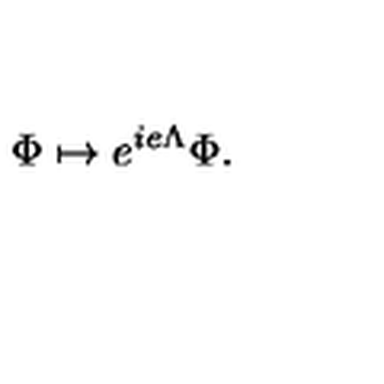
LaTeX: \Phi \mapsto e ^ { i e \Lambda } \Phi .